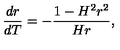
\frac { d r } { d T } = - \frac { 1 - H ^ { 2 } r ^ { 2 } } { H r } ,